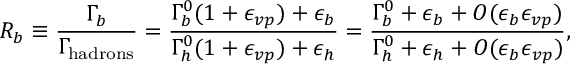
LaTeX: R _ { b } \equiv { \frac { \Gamma _ { b } } { \Gamma _ { \mathrm { h a d r o n s } } } } = { \frac { \Gamma _ { b } ^ { 0 } ( 1 + \epsilon _ { v p } ) + \epsilon _ { b } } { \Gamma _ { h } ^ { 0 } ( 1 + \epsilon _ { v p } ) + \epsilon _ { h } } } = { \frac { \Gamma _ { b } ^ { 0 } + \epsilon _ { b } + { \cal O } ( \epsilon _ { b } \epsilon _ { v p } ) } { \Gamma _ { h } ^ { 0 } + \epsilon _ { h } + { \cal O } ( \epsilon _ { b } \epsilon _ { v p } ) } } ,